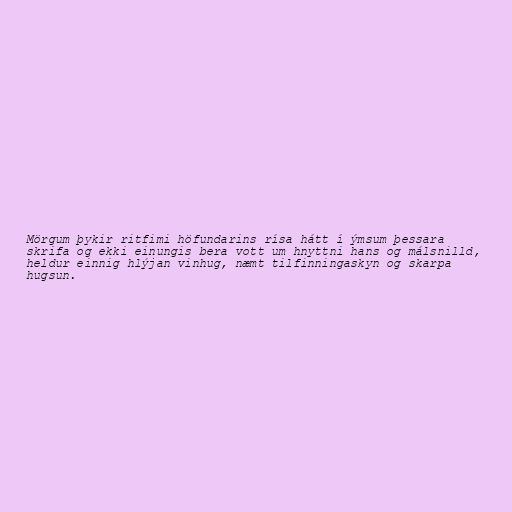
Mörgum þykir ritfimi höfundarins rísa hátt í ýmsum þessara
skrifa og ekki einungis bera vott um hnyttni hans og málsnilld,
heldur einnig hlýjan vinhug, næmt tilfinningaskyn og skarpa
hugsun.